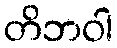
တိဘဝါ